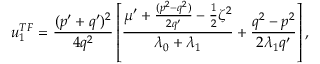
u _ { 1 } ^ { T F } = \frac { ( p ^ { \prime } + q ^ { \prime } ) ^ { 2 } } { 4 q ^ { 2 } } \left[ \frac { \mu ^ { \prime } + \frac { ( p ^ { 2 } - q ^ { 2 } ) } { 2 q ^ { \prime } } - \frac { 1 } { 2 } \zeta ^ { 2 } } { \lambda _ { 0 } + \lambda _ { 1 } } + \frac { q ^ { 2 } - p ^ { 2 } } { 2 \lambda _ { 1 } q ^ { \prime } } \right] ,